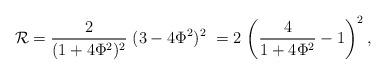
LaTeX: \begin{align*}{\cal R}={\frac 2{(1+4\Phi ^2)^2}\;}(3-4\Phi ^2)^2\;=2\,\left( {\frac4{1+4\Phi ^2}-1}\right) ^2,\end{align*}